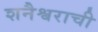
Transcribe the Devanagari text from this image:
शनैश्वराची